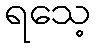
ရသေ့